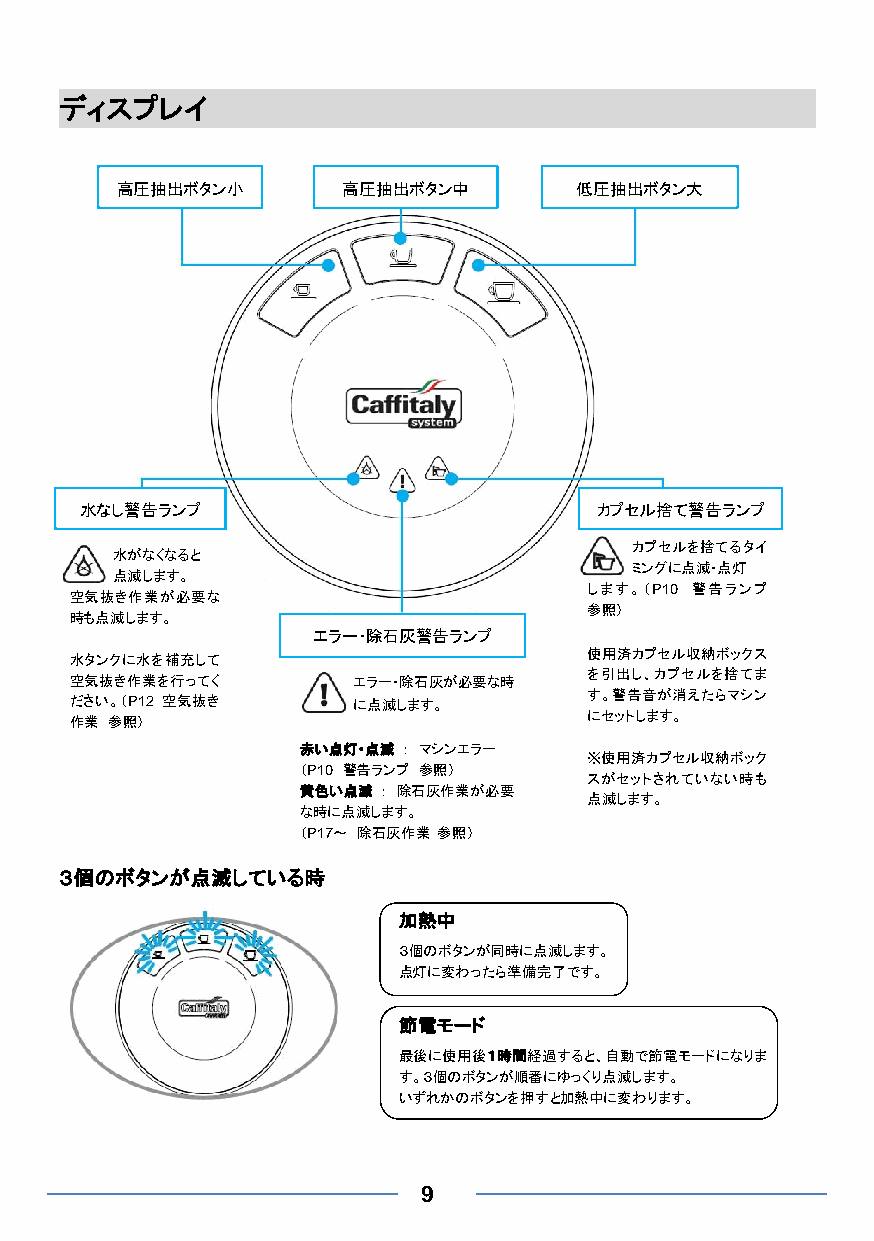
ディスプレイ
 高圧抽出ボタン小       高圧抽出ボタン中       低圧抽出ボタン大
 水なし警告ランプ                           カプセル捨て警告ランプ
 カプセルを捨てるタイ
 水がなくなると
 点滅します。
 ミングに点滅・点灯
 します。（P10 警告ランプ
 空気抜き作業が必要な
 参照）
 時も点滅します。
 エラー・除石灰警告ランプ
 水タンクに水を補充して                       使用済カプセル収納ボックス
 空気抜き作業を行ってく       エラー・除石灰が必要な時    を引出し、カプセルを捨てま
 ださい。（P12 空気抜き     に点滅します。         す。警告音が消えたらマシン
 作業 参照）                            にセットします。
 赤い点灯・点滅 ： マシンエラー
 ※使用済カプセル収納ボック
 （P10 警告ランプ 参照）
 スがセットされていない時も
 黄色い点滅 ： 除石灰作業が必要
 点滅します。
 な時に点滅します。
 （P17～ 除石灰作業 参照）
 ３個のボタンが点滅している時
 加熱中
 ３個のボタンが同時に点滅します。
 点灯に変わったら準備完了です。
 節電モード
 最後に使用後１時間経過すると、自動で節電モードになりま
 す。３個のボタンが順番にゆっくり点滅します。
 いずれかのボタンを押すと加熱中に変わります。
 9